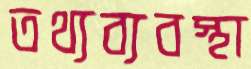
তথ্যব্যবস্থা